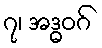
၇၊ အဒ္ဓဝဂ်